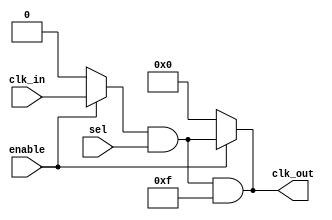
module LowPowerClockBuffer #(
    parameter NUM_OUTPUTS = 4,        // Number of buffered outputs
    parameter DRIVE_STRENGTH = 2       // Output drive strength (1, 2, or 3)
)(
    input wire clk_in,                  // Clock input
    input wire enable,                  // Enable signal
    input wire [NUM_OUTPUTS-1:0] sel,  // Select which outputs to drive
    output reg [NUM_OUTPUTS-1:0] clk_out // Buffered clock outputs
);

    // Internal signals for clock gating
    wire gated_clk;
    reg [NUM_OUTPUTS-1:0] output_enable;

    // Clock gating logic: only drive outputs if enabled
    assign gated_clk = enable ? clk_in : 1'b0;

    // Output drive strength control (simplified)
    always @(*) begin
        case (DRIVE_STRENGTH)
            1: clk_out <= (gated_clk & sel); // Low drive strength
            2: clk_out <= (gated_clk & sel) & {NUM_OUTPUTS{1'b1}}; // Medium drive strength
            3: clk_out <= (gated_clk & sel) | {NUM_OUTPUTS{1'b1}}; // High drive strength
            default: clk_out <= {NUM_OUTPUTS{1'b0}};
        endcase
    end

    // Enable functionality to control output
    always @(*) begin
        if (!enable) begin
            clk_out <= {NUM_OUTPUTS{1'b0}}; // Disable all outputs
        end else begin
            clk_out <= (gated_clk & sel); // Drive outputs based on selection
        end
    end

    // Controlled rise and fall times can be implemented here.
    // For simulation purposes, we can use a simple delay (not synthesizable).
    // This part can be replaced with actual buffer logic or modules in practice.

    always @(posedge gated_clk) begin
        // Implement controlled rise time
        // (This is a placeholder; actual implementation would depend on technology)
    end

    always @(negedge gated_clk) begin
        // Implement controlled fall time
        // (This is a placeholder; actual implementation would depend on technology)
    end

endmodule